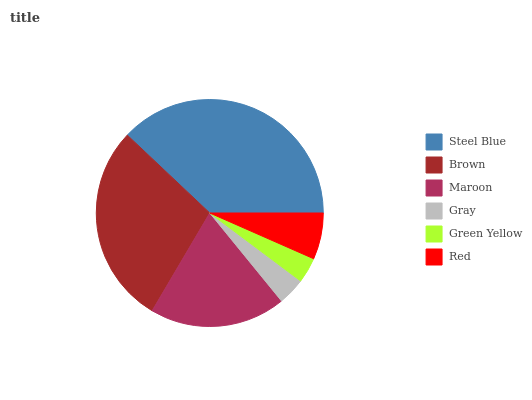
| Steel Blue | Brown | Maroon | Gray | Green Yellow | Red |
 | --- | --- | --- | --- | --- | --- |
 | 37.9% | 28.6% | 19.4% | 3.88% | 3.63% | 6.6% |